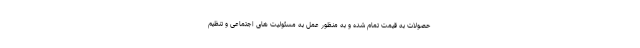
حصولات به قیمت تمام شده و به منظور عمل به مسئولیت های اجتماعی و تنظیم